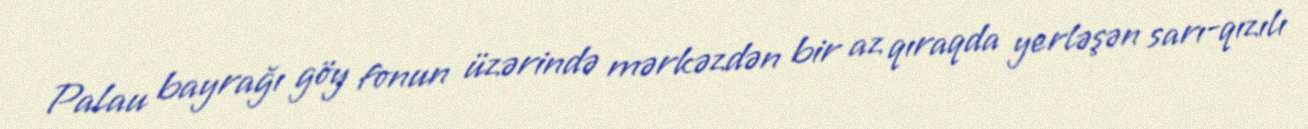
Palau bayrağı göy fonun üzərində mərkəzdən bir az qıraqda yerləşən sarı-qızılı